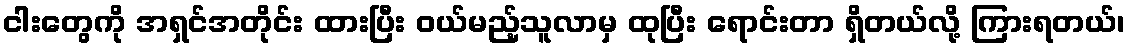
ငါးတွေကို အရှင်အတိုင်း ထားပြီး ဝယ်မည့်သူလာမှ ထုပြီး ရောင်းတာ ရှိတယ်လို့ ကြားရတယ်၊